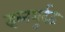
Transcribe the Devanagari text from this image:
इब्नशुर्दद्व